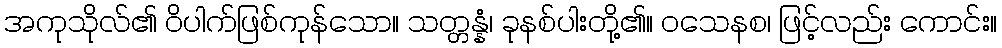
အကုသိုလ်၏ ဝိပါက်ဖြစ်ကုန်သော။ သတ္တန္နံ၊ ခုနစ်ပါးတို့၏။ ဝသေနစ၊ ဖြင့်လည်း ကောင်း။